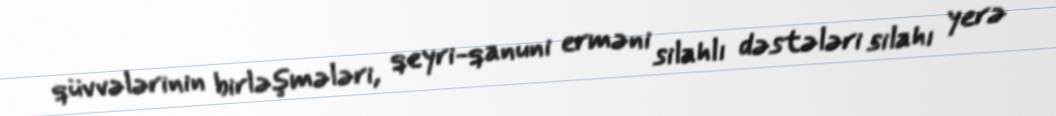
qüvvələrinin birləşmələri, qeyri-qanuni erməni silahlı dəstələri silahı yerə